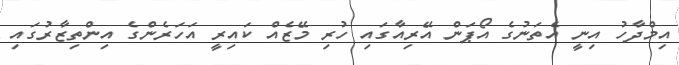
އިމްދާހު އިނީ އެތަނުގެ އޯޕަން އޭރިއާގައި ހުރި މޭޒެއް ކައިރީ އަހަރެންގެ އިންތިޒާރުގައި